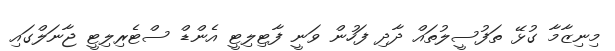
މިނިޒާމާ ގުޅޭ ތަފުސީލުތައް ދާދި ފަހުން ވަނީ ފާޓިލިޓީ އެންޑް ސްޓެރިލިޓީ ޖާނަލްގައި